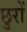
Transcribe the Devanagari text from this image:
छुरों